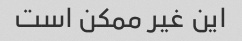
این غیر ممکن است